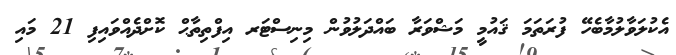
އެކުލަވާލުމާބެހޭ ފުރަތަމަ ޤައުމީ މަޝްވަރާ ބައްދަލުވުން މިނިސްޓަރ އިފްތިތާޙް ކޮށްދެއްވައިފި 21 މައި